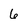
Character: 6